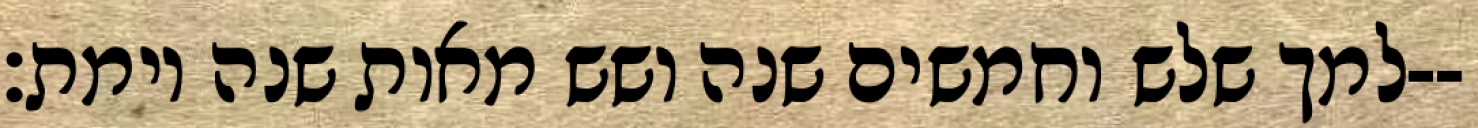
למך שלש וחמשים שנה ושש מאות שנה וימת׃--